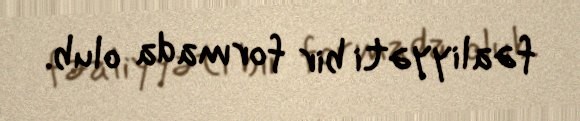
fəaliyyəti bir formada olub.